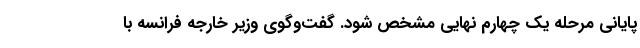
پایانی مرحله یک چهارم نهایی مشخص شود. گفت‌وگوی وزیر خارجه فرانسه با